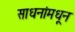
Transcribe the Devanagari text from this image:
साधनांमधून